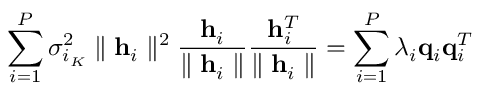
\sum _ { i = 1 } ^ { P } \sigma _ { i _ { K } } ^ { 2 } \parallel \mathbf { h } _ { i } \parallel ^ { 2 } \frac { \mathbf { h } _ { i } } { \parallel \mathbf { h } _ { i } \parallel } \frac { \mathbf { h } _ { i } ^ { T } } { \parallel \mathbf { h } _ { i } \parallel } = \sum _ { i = 1 } ^ { P } \lambda _ { i } \mathbf { q } _ { i } \mathbf { q } _ { i } ^ { T }